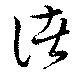
諸